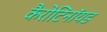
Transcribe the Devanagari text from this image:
कैरोटिनॉयड